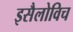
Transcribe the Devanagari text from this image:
इसैलोविच